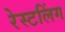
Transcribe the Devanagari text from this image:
रेस्टलिंग